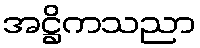
အဋ္ဌိကသညာ